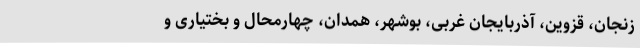
زنجان، قزوین، آذربایجان غربی، بوشهر، همدان، چهارمحال و بختیاری و